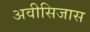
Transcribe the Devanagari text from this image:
अवीसिजास